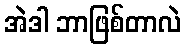
အဲဒါ ဘာဖြစ်တာလဲ